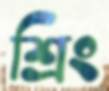
শ্রিং